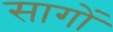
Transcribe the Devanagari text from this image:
सागों